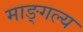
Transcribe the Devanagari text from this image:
माङ्गल्य